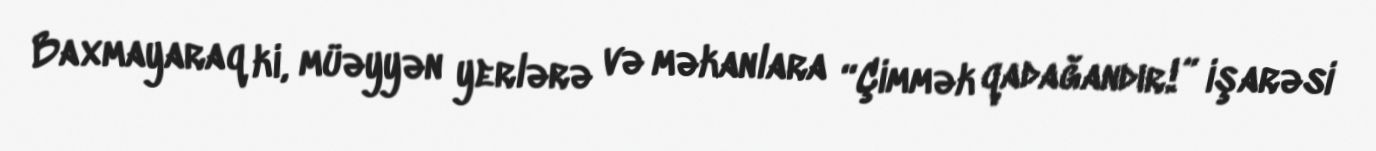
Baxmayaraq ki, müəyyən yerlərə və məkanlara “Çimmək qadağandır!” işarəsi